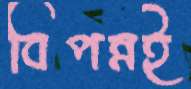
বিপন্নই